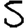
Digit: 5